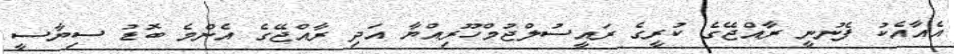
އެއާއެކު ފެނުނީ ރާއްޖޭގެ ކުރީގެ ރައީސުލްޖުމްހޫރިއްޔާ އަދި ރާއްޖޭގެ އެންމެ ބޮޑު ސިޔާސީ